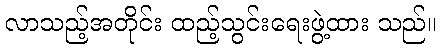
လာသည့်အတိုင်း ထည့်သွင်းရေးဖွဲ့ထား သည်။